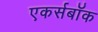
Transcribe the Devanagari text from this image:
एकर्सबॉक